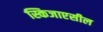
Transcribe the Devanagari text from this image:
स्किजाएसील